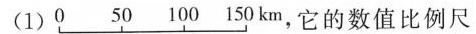
(1)0 50 100 150km，它的数值比例尺